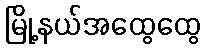
မြို့နယ်အထွေထွေ